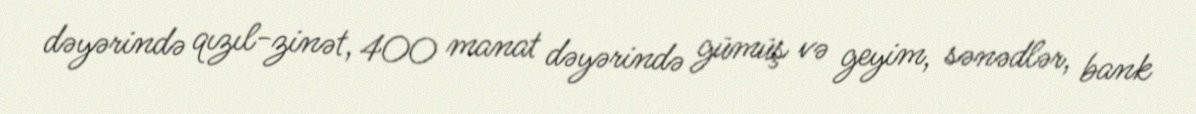
dəyərində qızıl-zinət, 400 manat dəyərində gümüş və geyim, sənədlər, bank